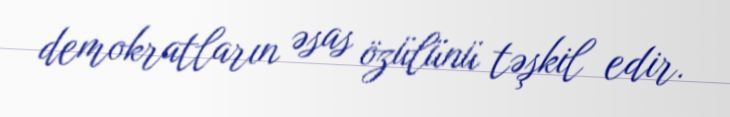
demokratların əsas özülünü təşkil edir.